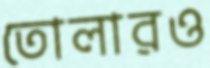
তোলারও